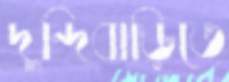
দুন্দিবাড়িতে